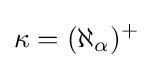
\kappa =(\aleph _{\alpha })^{+}